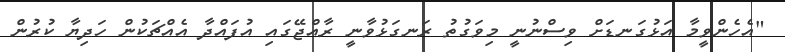
"އެހެންވީމާ އަޅުގަނޑަށް ވިސްނުނީ މިވަގުތު ރަނގަޅުވާނީ ރާއްޖޭގައި އުފައްދާ އެއްޗަކުން ހަދިޔާ ކުރުން